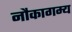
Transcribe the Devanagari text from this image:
नौकागम्य